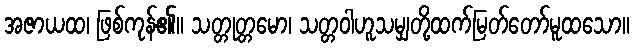
အဇာယထ၊ ဖြစ်ကုန်၏။ သတ္တုတ္တမော၊ သတ္တဝါဟူသမျှတို့ထက်မြတ်တော်မူထသော။